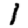
Digit: 1